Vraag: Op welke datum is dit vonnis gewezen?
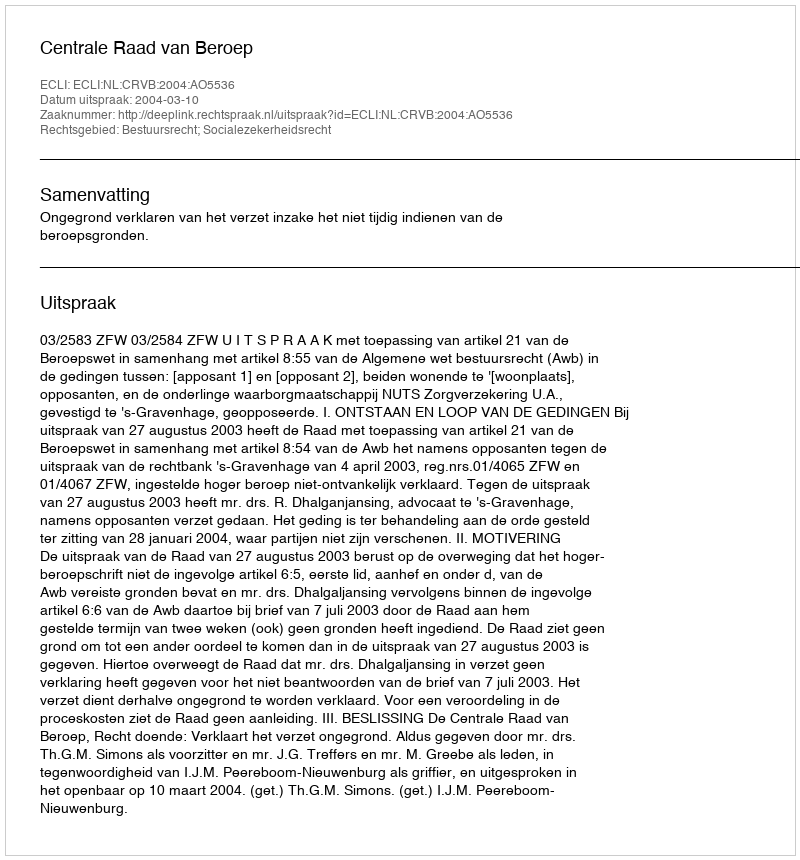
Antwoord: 2004-03-10